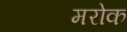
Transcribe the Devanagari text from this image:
मरोक